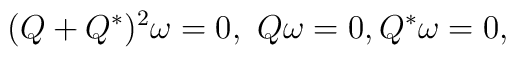
(Q+Q^*)^2\omega =0,\   Q\omega =0,    Q^* \omega=0,